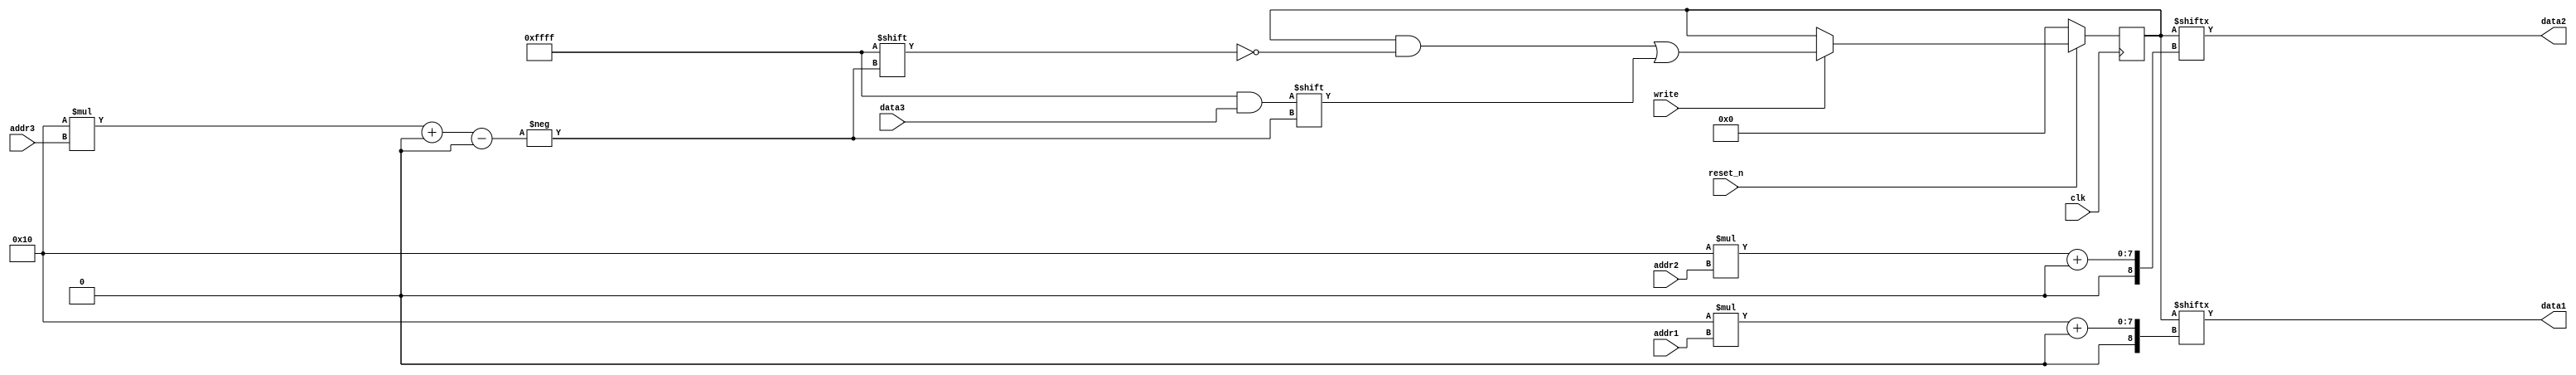
//////////////////////////////////////////////////////////////////////////////////
// Organization: SNUECE
// Student: Jaewon Chung
// 
// Module Name: RF
// Project Name: Computer organization Project 2-2
//////////////////////////////////////////////////////////////////////////////////

module RF(
    input write,
    input clk,
    input reset_n,
    input [1:0] addr1,
    input [1:0] addr2,
    input [1:0] addr3,
    output [15:0] data1,
    output [15:0] data2,
    input [15:0] data3
    );
    
    reg [63:0] register;
    /*
    register[63:48] == register[16*3+: 16] (addr is 2'b11)
    register[47:32] == register[16*2+: 16] (addr is 2'b10)
    register[31:16] == register[16*1+: 16] (addr is 2'b01)
    register[15: 0] == register[16*0+: 16] (addr is 2'b00)
    */
    
    always @(posedge clk) begin
        // Synchronous active low reset
    	if (!reset_n) register <= 64'b0;
    	// Synchronous data write
    	else if (write) register[16*addr3+: 16] <= data3;
    end
    
    // Asynchronous data read
    assign data1 = register[16*addr1+: 16];
    assign data2 = register[16*addr2+: 16];
    
endmodule